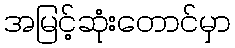
အမြင့်ဆုံးတောင်မှာ